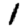
Digit: 1